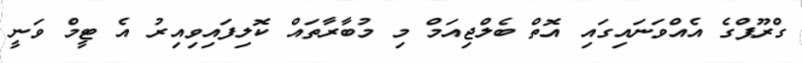
ގްރޫޕްގެ އެއްވަނައިގައި އޮތް ބެލްޖިއަމް މި މުބާރާތައް ކޮލިފައިވިއިރު އެ ޓީމް ވަނީ